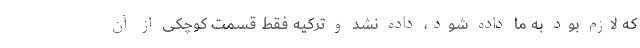
که لازم بود به ما داده شود، داده نشد و ترکیه فقط قسمت کوچکی از آن